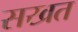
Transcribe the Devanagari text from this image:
सखत